Annual returns of the Patna Lunatic Asylum at Bankipore in Bihar and Orissa - 1912-1924
Year: 1912
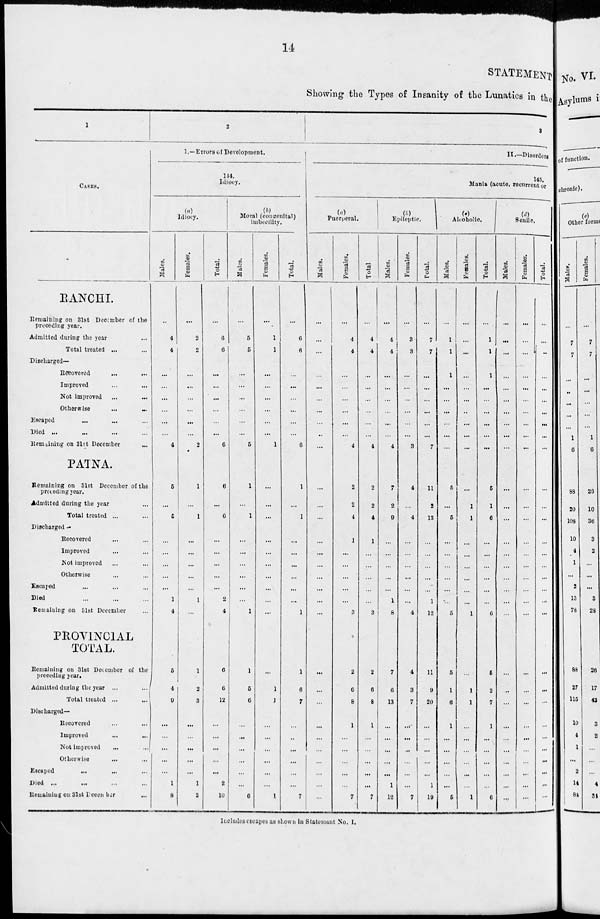
14
STATEMENT
Showing the Types of Insanity of the Lunatics in the
1
CASES.
RANCHI.
Remaining on 31st December of the
preceding year.
Admitted during the year ...
Total treated ... ...
Discharged—
Recovered ... ...
Improved ... ...
Not improved ... ...
Otherwise ... ...
Escaped ... ... ...
Died ... ... ... ...
Remaining on 31st December ...
PATNA.
Remaining on 31st December of the
preceding year.
Admitted during the year ...
Total treated ... ...
Discharged —
Recovered ... ...
Improved ... ...
Not improved ... ...
Otherwise ... ...
Escaped ... ... ...
Died ... ... ...
Remaining on 31st December ...
PROVINCIAL
TOTAL.
Remaining on 31st December of the
preceding year.
Admitted during the year ... ...
Total treated ... ...
Discharged—
Recovered ... ...
Improved ... ...
Not improved ... ...
Otherwise ... ...
Escaped ... ... ...
Died ... ... ... ...
Remaining on 31st December ...
2
I.—Errors of Development.
144.
Idiocy.
(a)
Idiocy.
Males.
...
4
4
...
...
...
...
...
...
4
5
...
5
...
...
...
...
...
1
4
5
4
9
...
...
...
...
...
1
8
Females.
...
2
2
...
...
...
...
...
...
2
1
...
1
...
...
...
...
...
1
...
1
2
3
...
...
...
...
...
1
2
Total.
...
6
6
...
...
...
...
...
...
6
6
...
6
...
...
...
...
...
2
4
6
6
12
...
...
...
...
...
2
10
(b)
Moral (congenital)
imbecility.
Males.
...
5
5
...
...
...
...
...
...
5
1
...
1
...
...
...
...
...
...
1
1
5
6
...
...
...
...
...
...
6
Females.
...
1
1
...
...
...
...
...
...
1
...
...
...
...
...
...
...
...
...
...
...
1
1
...
...
...
...
...
...
1
Total.
...
6
6
...
...
...
...
...
...
6
1
...
1
...
...
...
...
...
...
1
1
6
7
...
...
...
...
...
...
7
3
II.—Disorders
145.
Mania (acute, recurrent or
(a)
Puerperal.
Males.
...
...
...
...
...
...
...
...
...
...
...
...
...
...
...
...
...
...
...
...
...
...
...
...
...
...
...
...
...
...
Females.
...
4
4
...
...
...
...
...
...
4
2
2
4
1
...
...
...
...
...
3
2
6
8
1
...
...
...
...
...
7
Total.
...
4
4
...
...
...
...
...
...
4
2
2
4
1
...
...
...
...
...
3
2
6
8
1
...
...
...
...
...
7
(b)
Epileptic.
Males.
...
4
4
...
...
...
...
...
...
4
7
2
9
...
...
...
...
...
1
8
7
6
13
...
...
...
...
...
1
12
Females.
...
3
3
...
...
...
...
...
...
3
4
...
4
...
...
...
...
...
...
4
4
3
7
...
...
...
...
...
...
7
Total.
...
7
7
...
...
...
...
...
...
7
11
2
13
...
...
...
...
...
1
12
11
9
20
...
...
...
...
...
1
19
(c)
Alcoholic.
Males.
...
1
1
1
...
...
...
...
...
...
5
...
5
...
...
...
...
...
...
5
5
1
6
1
...
...
...
...
...
5
Females.
...
...
...
...
...
...
...
...
...
...
...
1
1
...
...
...
...
...
...
1
...
1
1
...
...
...
...
...
...
1
Total.
...
1
1
1
...
...
...
...
...
...
5
1
6
...
...
...
...
...
...
6
5
2
7
1
...
...
...
...
...
6
(d)
Senile.
Males.
...
...
...
...
...
...
...
...
...
...
...
...
...
...
...
...
...
...
...
...
...
...
...
...
...
...
...
...
...
...
Females.
...
...
...
...
...
...
...
...
...
...
...
...
...
...
...
...
...
...
...
...
...
...
...
...
...
...
...
...
...
...
Total.
...
...
...
...
...
...
...
...
...
...
...
...
...
...
...
...
...
...
...
...
...
...
...
...
...
...
...
...
...
...
Includes escapes as shown in Statement No. I.